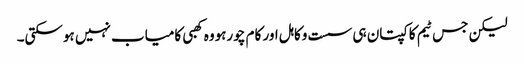
لیکن جس ٹیم کا کپتان ہی سست وکاہل اور کام چورہووہ کھبی کامیاب نہیں ہوسکتی۔